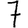
Digit: 7